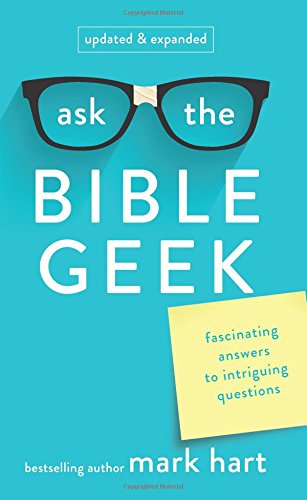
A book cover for Ask the Bible Geek: Fascinating Answers to Intriguing Questions; Mark Hart; Christian Books & Bibles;